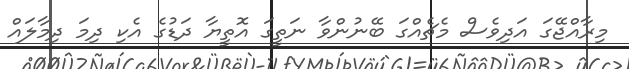
މިރާއްޖޭގަ އަދިވެސް މެޗެއްގަ ބޭނުންވާ ނަތީގަ އޮތީޔާ ދަޑުގެ އެކި ދިމަ ދިމާލައް